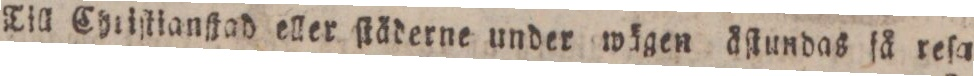
Till Cytiſtianſjad eller ſtåderne under wägen äſtundas ſå reſa